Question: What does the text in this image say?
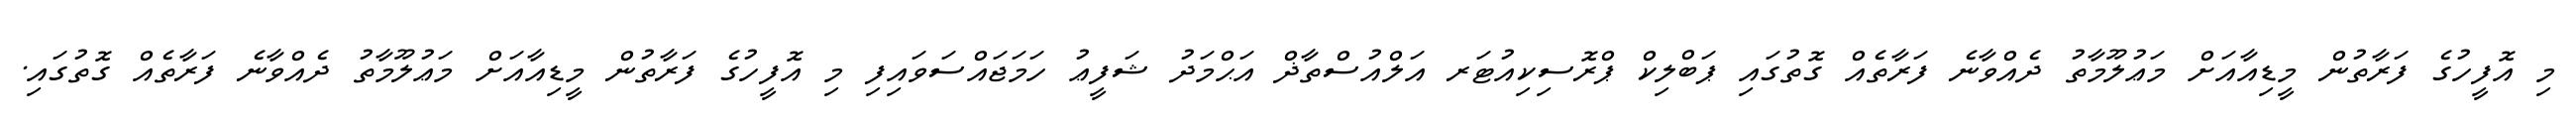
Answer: މި އޮފީހުގެ ފަރާތުން މީޑިއާއަށް މަޢުލޫމާތު ދެއްވާނެ ފަރާތެއް ގޮތުގައި ޕަބްލިކް ޕްރޮސިކިއުޓަރ އަލްއުސްތާޛް އަޙްމަދު ޝަފީޢު ހަމަޖައްސަވައިފި މި އޮފީހުގެ ފަރާތުން މީޑިއާއަށް މަޢުލޫމާތު ދެއްވާނެ ފަރާތެއް ގޮތުގައި.